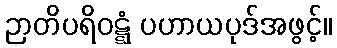
ဉာတိပရိဝဋ္ဋံ ပဟာယပုဒ်အဖွင့်။